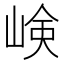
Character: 𡸴